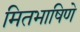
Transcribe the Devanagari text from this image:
मितभाषिणे